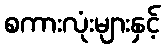
စကားလုံးများနှင့်